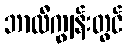
ဘာလီကျွန်းတွင်